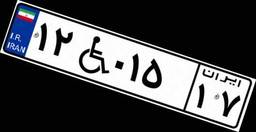
۱۲W۰۱۵۱۷